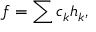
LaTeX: f = \sum c _ { k } h _ { k } ,